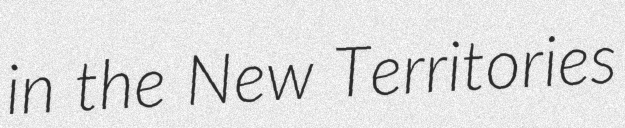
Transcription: in the New Territories